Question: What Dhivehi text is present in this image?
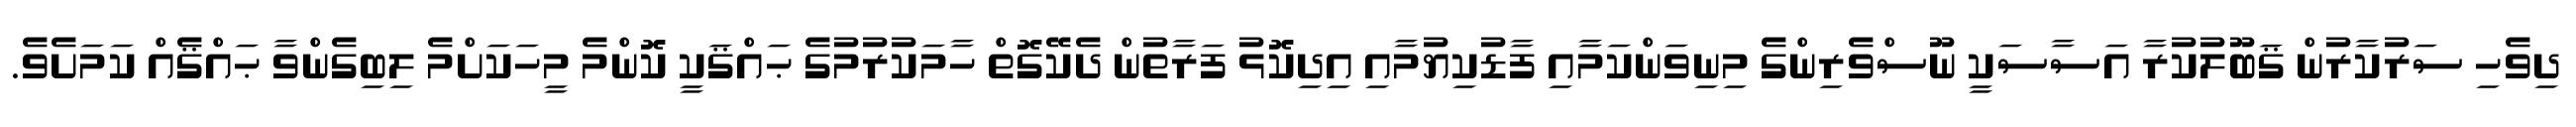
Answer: ދިވެހި ސަރުކާރުން ޤަބޫލުކުރާ އަސާސަކީ ނޫސްވެރިންގެ މިނިވަންކަމާއި ފާޑުކިޔުމާއި އިދިކޮޅު ފަރާތުން ދެކޭގޮތް ހާމަކުރުމުގެ ޙައްޤަކީ ކޮންމެ މީހަކަށްމެ ލިބިގެންވާ ޙައްޤެއް ކަމަށެވެ.